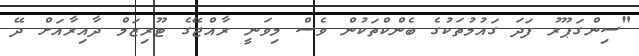
"ސިންގަޕޫރު ފަދަ ގައުމުތަކުގެ ބެންކްތަކުން ވެސް މިވަނީ ރާއްޖޭގެ ޓޫރިޒަމް ދާއިރާއަށް ދޭ